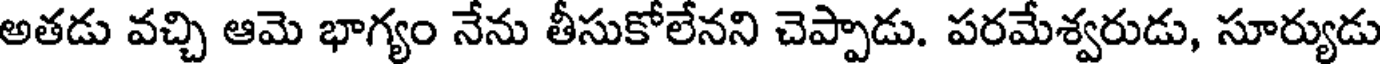
అతడు వచ్చి ఆమె భాగ్యం నేను తీసుకోలేనని చెప్పాడు. పరమేశ్వరుడు, సూర్యుడు